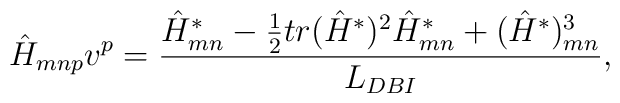
\hat H_{mnp}v^p={{\hat H^*_{mn}-{1\over 2}tr(\hat H^*)^2\hat H^*_{mn}+(\hat H^*)^3_{mn}}\over{L_{DBI}}},